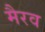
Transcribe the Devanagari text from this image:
मैरव